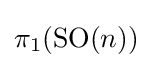
\pi _{1}(\operatorname {\text{SO}} (n))